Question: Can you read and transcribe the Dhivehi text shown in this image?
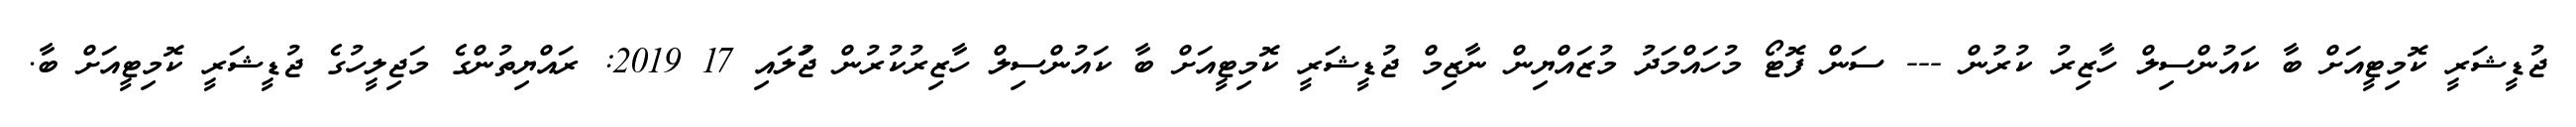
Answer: ޖުޑީޝަރީ ކޮމިޓީއަށް ބާ ކައުންސިލް ހާޒިރު ކުރުން --- ސަން ފޮޓޯ މުހައްމަދު މުޒައްޔިން ނާޒިމް ޖުޑީޝަރީ ކޮމިޓީއަށް ބާ ކައުންސިލް ހާޒިރުކުރުން ޖުަލައި 17 2019: ރައްޔިތުންގެ މަޖިލީހުގެ ޖުޑީޝަރީ ކޮމިޓީއަށް ބާ.